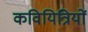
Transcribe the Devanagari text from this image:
कवियित्रियों